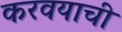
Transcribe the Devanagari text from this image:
करवयाची